Indian journal of veterinary science and animal husbandry - Volume 13,
Year: 1943
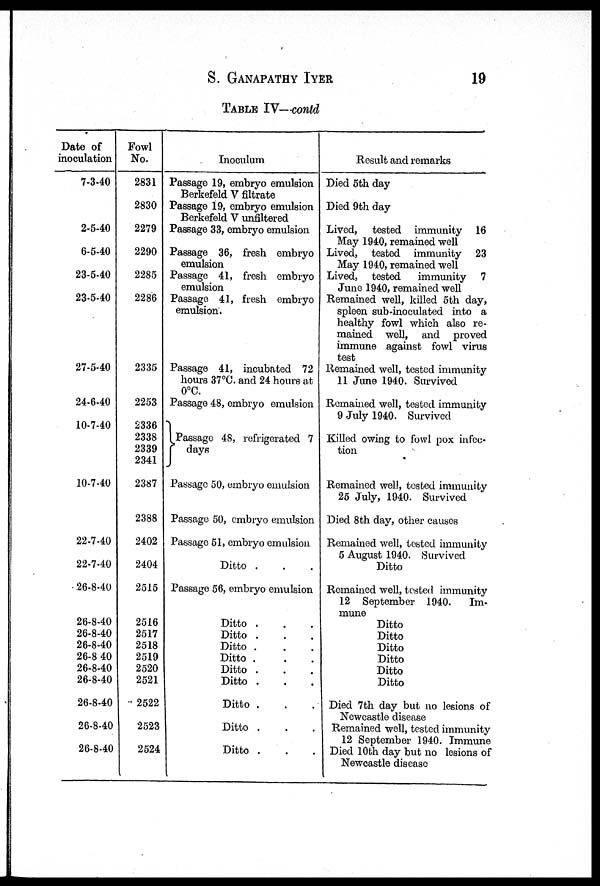
S.
GANAPATHY
IYER
19
TABLE IV—contd
Date of
inoculation
7-3-40
2-5-40
6-5-40
23-5-40
23-5-40
27-5-40
24-6-40
10-7-40
10-7-40
22-7-40
22-7-40
26-8-40
26-8-40
26-8-40
26-8-40
26-8 40
26-8-40
26-8-40
26-8-40
26-8-40
26-8-40
Fowl
No.
2831
2830
2279
2290
2285
2286
2335
2253
2336
2338
2339
2341
2387
2388
2402
2404
2515
2516
2517
2518
2519
2520
2521
2522
2523
2524
Inoculum
Passage 19, embryo emulsion
Berkefeld V filtrate
Passage 19, embryo emulsion
Berkefeld V unfiltered
Passage 33, embryo emulsion
Passage 36, fresh embryo
emulsion
Passage 41, fresh embryo
emulsion
Passage 41, fresh embryo
emulsion.
Passage 41, incubated 72
hours 37 °C. and 24 hours at
0°C.
Passage 48, embryo emulsion
Passage 48, refrigerated 7
days
Passage 50, embryo emulsion
Passage 50, embryo emulsion
Passage 51, embryo emulsion
Ditto . . .
Passage 56, embryo emulsion
Ditto . . .
Ditto . . .
Ditto . . .
Ditto . . .
Ditto . . .
Ditto . . .
Ditto . . .
Ditto . . .
Ditto . . .
Result and remarks
Died 5th day
Died 9th day
Lived, tested immunity 16
May 1940, remained well
Lived, tested immunity 23
May 1940, remained well
Lived, tested
immunity 7
June 1940, remained well
Remained well, killed 5th day,
spleen sub-inoculated into a
healthy fowl which also re-
mained well, and proved
immune against fowl virus
test
Remained well, tested immunity
11 June 1940. Survived
Remained well, tested immunity
9 July 1940. Survived
Killed owing to fowl pox infec-
tion
Remained well, tested immunity
25 July, 1940. Survived
Died 8th day, other causes
Remained well, tested immunity
5 August 1940. Survived
Ditto
Remained well, tested immunity
12 September 1940.
Im-
mune
Ditto
Ditto
Ditto
Ditto
Ditto
Ditto
Died 7th day but no lesions of
Newcastle disease
Remained well, tested immunity
12 September 1940. Immune
Died 10th day but no lesions of
Newcastle disease